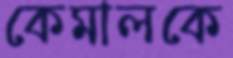
কেমালকে